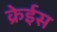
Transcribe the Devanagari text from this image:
क्रेईस